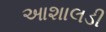
આશાલડી